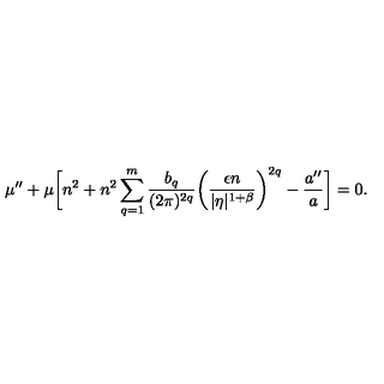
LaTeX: \mu ^ { \prime \prime } + \mu \biggl [ n ^ { 2 } + n ^ { 2 } \sum _ { q = 1 } ^ { m } \frac { b _ { q } } { ( 2 \pi ) ^ { 2 q } } \biggl ( \frac { \epsilon n } { \vert \eta \vert ^ { 1 + \beta } } \biggr ) ^ { 2 q } - \frac { a ^ { \prime \prime } } { a } \biggr ] = 0 .